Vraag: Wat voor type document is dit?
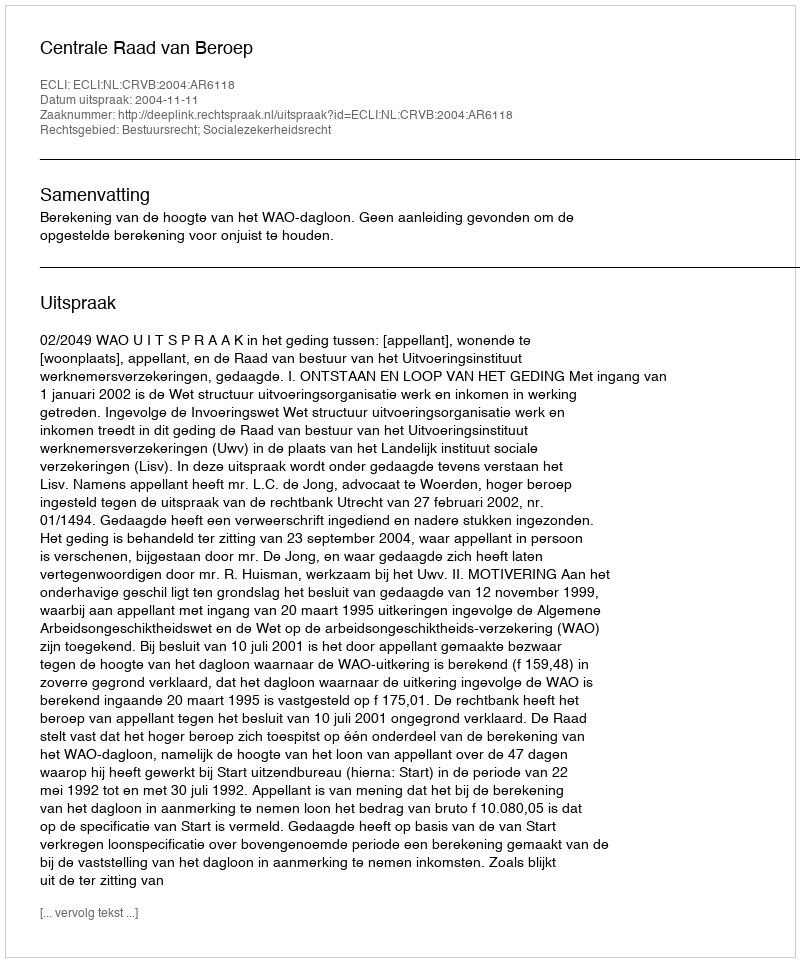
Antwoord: Uitspraak